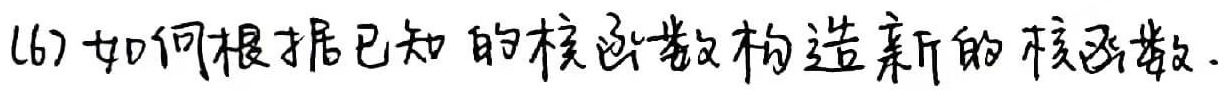
(6) 如何根据已知的核函数构造新的核函数.